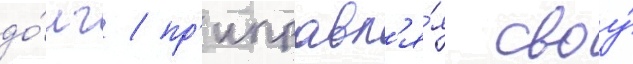
до́лг / пр'иправл'я́я своу́